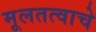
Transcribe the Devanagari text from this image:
मूलतत्वाचे